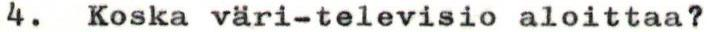
4. Koska väri-televisio aloittaa?